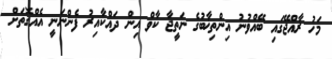
މަހު ރާއްޖޭގައި ބޭއްވުނު އިންތިޚާބުގެ ނަތީޖާ ކާވް އިން ދައްކާއިރު ފެންނަނީ އެއްގޮތަށް